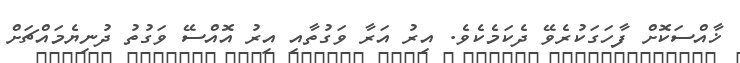
ޚާއްސަކޮށް ފާހަގަކުރެވޭ ދެކަމެކެވެ. އިރު އަރާ ވަގުތާއި އިރު އޮއްސޭ ވަގުތު ދުނިޔެމައްޗަށް